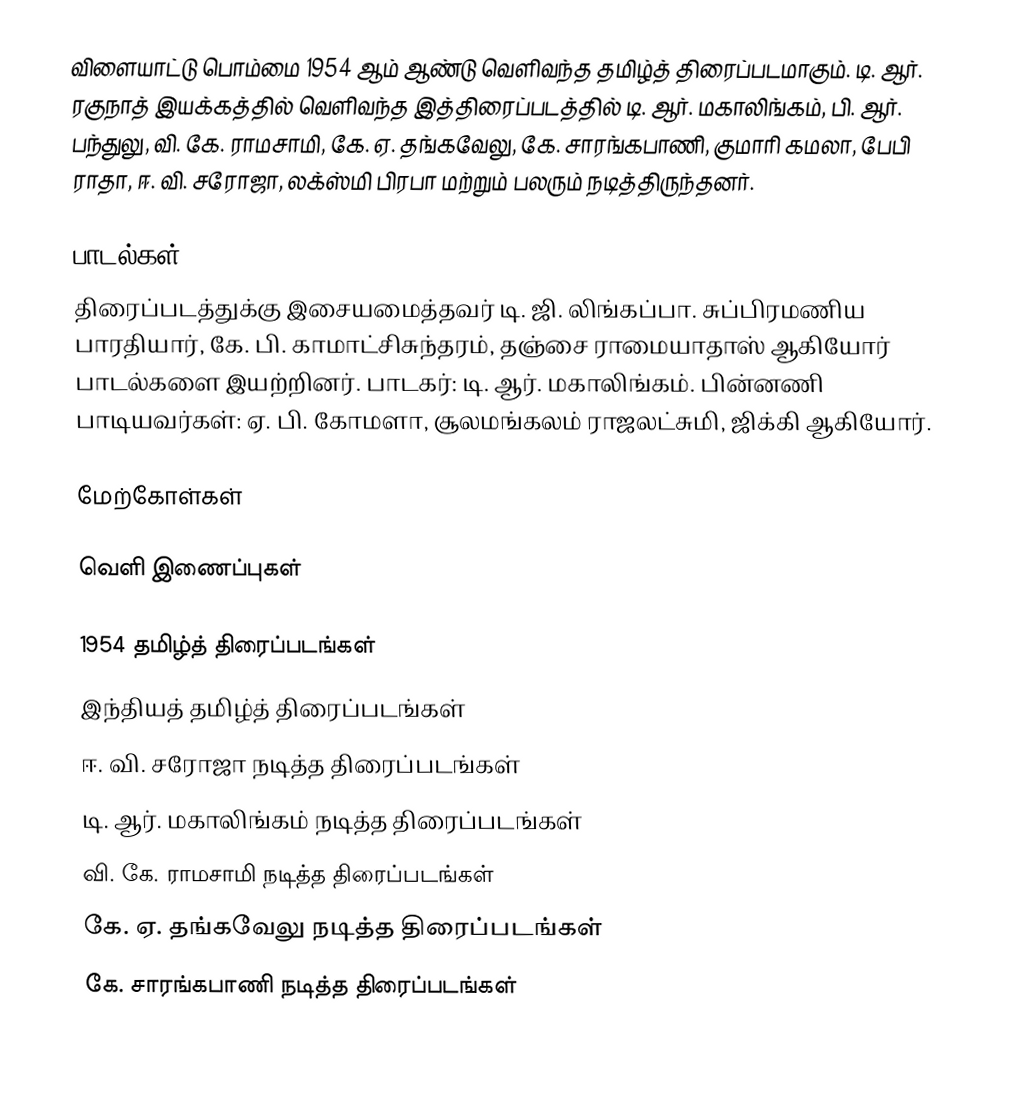
விளையாட்டு பொம்மை  1954 ஆம் ஆண்டு வெளிவந்த தமிழ்த் திரைப்படமாகும். டி. ஆர். ரகுநாத் இயக்கத்தில் வெளிவந்த இத்திரைப்படத்தில் டி. ஆர். மகாலிங்கம், பி. ஆர். பந்துலு, வி. கே. ராமசாமி, கே. ஏ. தங்கவேலு, கே. சாரங்கபாணி, குமாரி கமலா, பேபி ராதா, ஈ. வி. சரோஜா, லக்ஸ்மி பிரபா மற்றும் பலரும் நடித்திருந்தனர்.

பாடல்கள்
திரைப்படத்துக்கு இசையமைத்தவர் டி. ஜி. லிங்கப்பா. சுப்பிரமணிய பாரதியார், கே. பி. காமாட்சிசுந்தரம், தஞ்சை ராமையாதாஸ் ஆகியோர் பாடல்களை இயற்றினர். பாடகர்: டி. ஆர். மகாலிங்கம். பின்னணி பாடியவர்கள்: ஏ. பி. கோமளா, சூலமங்கலம் ராஜலட்சுமி, ஜிக்கி ஆகியோர்.

மேற்கோள்கள்

வெளி இணைப்புகள்

1954 தமிழ்த் திரைப்படங்கள்
இந்தியத் தமிழ்த் திரைப்படங்கள்
ஈ. வி. சரோஜா நடித்த திரைப்படங்கள்
டி. ஆர். மகாலிங்கம் நடித்த திரைப்படங்கள்
வி. கே. ராமசாமி நடித்த திரைப்படங்கள்
கே. ஏ. தங்கவேலு நடித்த திரைப்படங்கள்
கே. சாரங்கபாணி நடித்த திரைப்படங்கள்